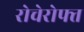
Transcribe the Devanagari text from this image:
रोचेरोफ्त